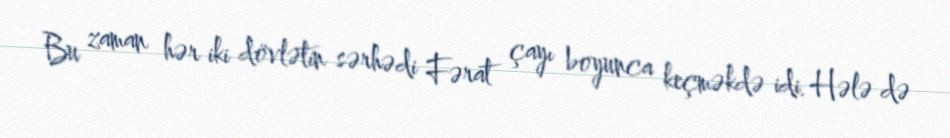
Bu zaman hər iki dövlətin sərhədi Fərat çayı boyunca keçməkdə idi. Hələ də